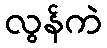
လွန်ကဲ